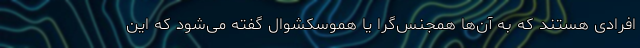
افرادی هستند که به آن‌ها همجنس‌گرا یا هموسکشوال گفته می‌شود که این